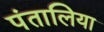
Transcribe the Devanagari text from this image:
पंतालिया